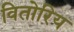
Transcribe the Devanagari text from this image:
वितोरिय